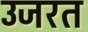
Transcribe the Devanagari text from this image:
उजरत